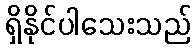
ရှိနိုင်ပါသေးသည်